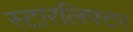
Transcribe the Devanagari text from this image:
स्टारलिफ्टर